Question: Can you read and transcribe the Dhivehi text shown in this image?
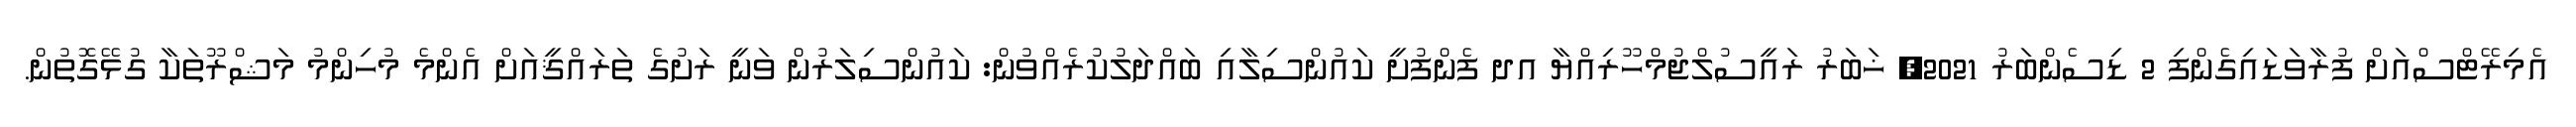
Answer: އެމިރޭޓްސްއަށް ފުރާވަޑައިގެންފި 2 ޑިސެންބަރު 2021, ޚަބަރު ރައީސުލްޖުމްހޫރިއްޔާ އދ ފެންފުށީ ކައުންސިލާއި ބައްދަލުކުރެއްވުން: ކައުންސިލަރުން ވަނީ ރަށުގެ ތަރައްޤީއަށް އެންމެ މުހިންމު މަޝްރޫތަކާ ގުޅޭގޮތުން.